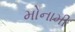
મોનામી